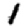
Digit: 1